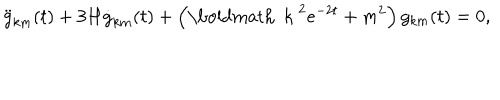
LaTeX: \ddot { g } _ { k m } ( t ) + 3 H \dot { g } _ { k m } ( t ) + \left( \mathrm { \boldmath ~ k ~ } ^ { 2 } e ^ { - 2 t } + m ^ { 2 } \right) g _ { k m } ( t ) = 0 ,